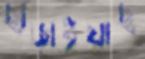
ছাড়াইয়াছ